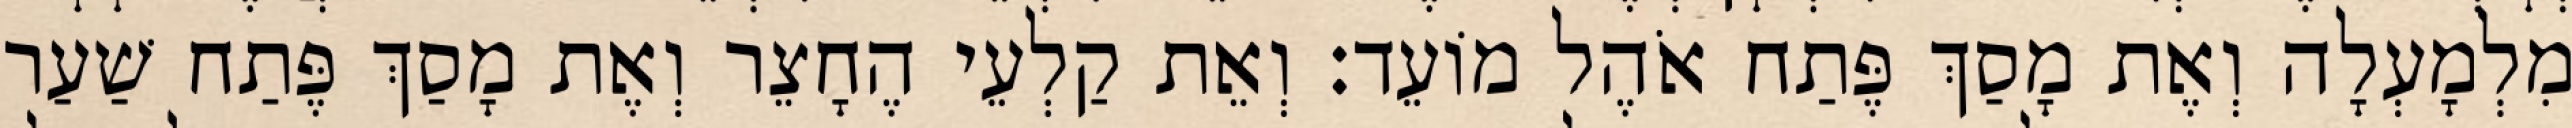
מִלְמָעְלָה וְאֶת מָסַךְ פֶּתַח אֹהֶל מוֹעֵד׃ וְאֵת קַלְעֵי הֶחָצֵר וְאֶת מָסַךְ פֶּתַח שַׁעַר